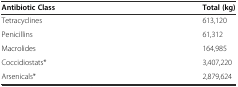
<table><thead><tr><td><b>Antibiotic Class</b></td><td><b>Total (kg)</b></td></tr></thead><tbody><tr><td>Tetracyclines</td><td>613,120</td></tr><tr><td>Penicillins</td><td>61,312</td></tr><tr><td>Macrolides</td><td>164,985</td></tr><tr><td>Coccidiostats*</td><td>3,407,220</td></tr><tr><td>Arsenicals*</td><td>2,879,624</td></tr></tbody></table>